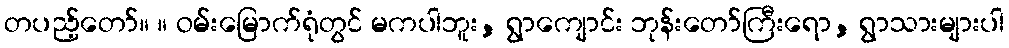
တပည့်တော်။ ။ ဝမ်းမြောက်ရုံတွင် မကပါဘူး, ရွာကျောင်း ဘုန်းတော်ကြီးရော, ရွာသားများပါ